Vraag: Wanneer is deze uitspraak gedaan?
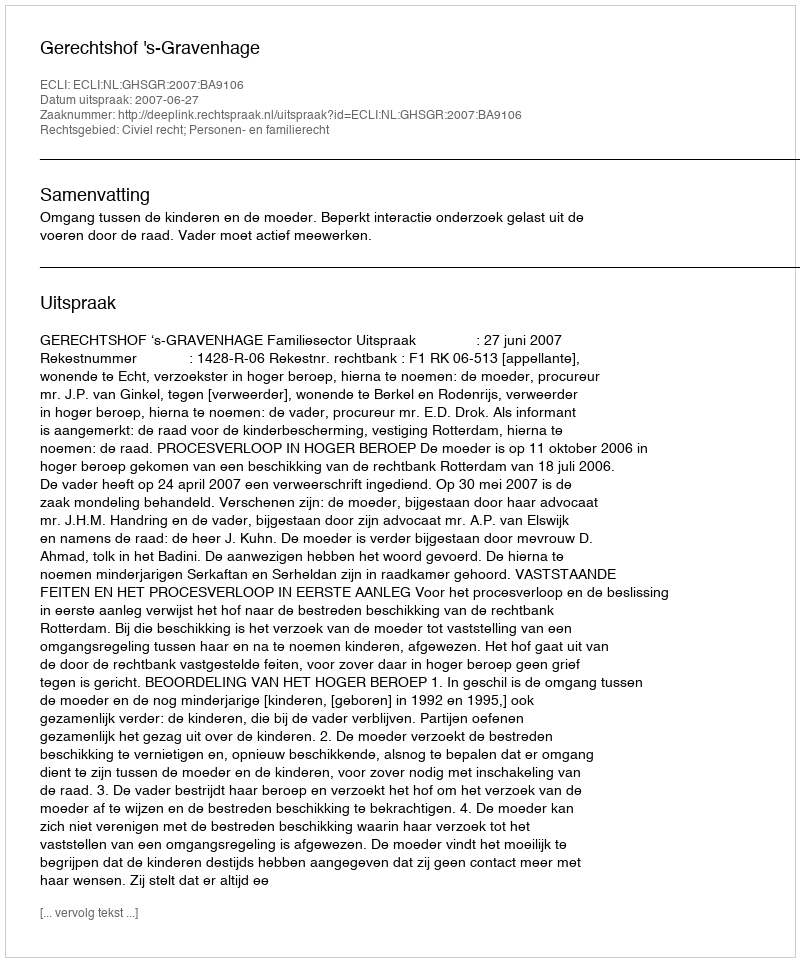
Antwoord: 2007-06-27